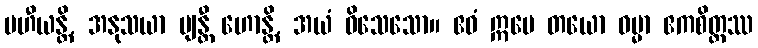
ပဟီယန္တိ, အနုသယာ ဗျန္တီ ဟောန္တိ, အယံ ဝိသေသော။ ဧဝံ ဣမေ တယော ဓမ္မာ ဧကစိတ္တဿ